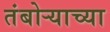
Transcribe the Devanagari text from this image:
तंबोर्‍याच्या